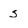
Character: s